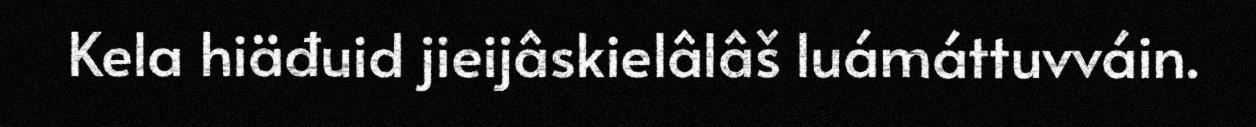
Kela hiäđuid jieijâskielâlâš luámáttuvváin.